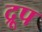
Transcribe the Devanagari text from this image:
द्रूप